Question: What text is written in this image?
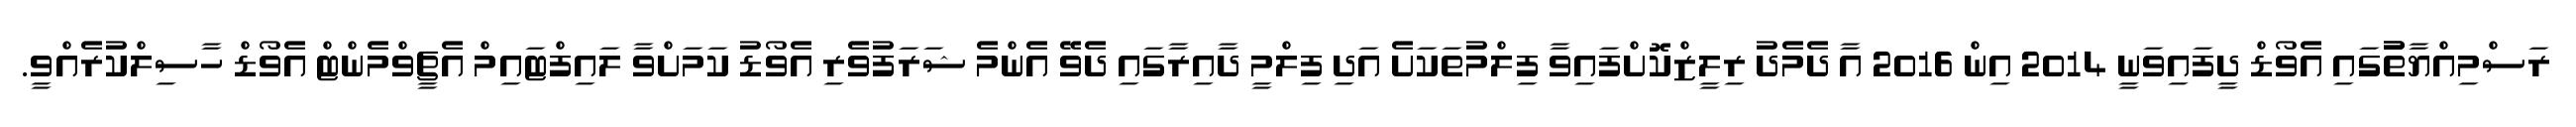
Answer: ރަސްމިއްޔާތުުގައި އެވޯޑް ދީފައިވަނީ 2014 އިން 2016 އާ ދެމެދު ރިލީޒްކޮށްފައިވާ ފިލްމުތަކަށެ އަދި ފިލްމީ ދާއިރާގައި ދެވޭ އެންމެ ޝަރަފުވެރި އެވޯޑު ކަމަށްވާ ލައިފްޓައިމް އެޗީވްމެންޓް އެވޯޑް ހާސިލްކުރެއްވީ.